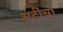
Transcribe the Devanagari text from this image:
अटींचा